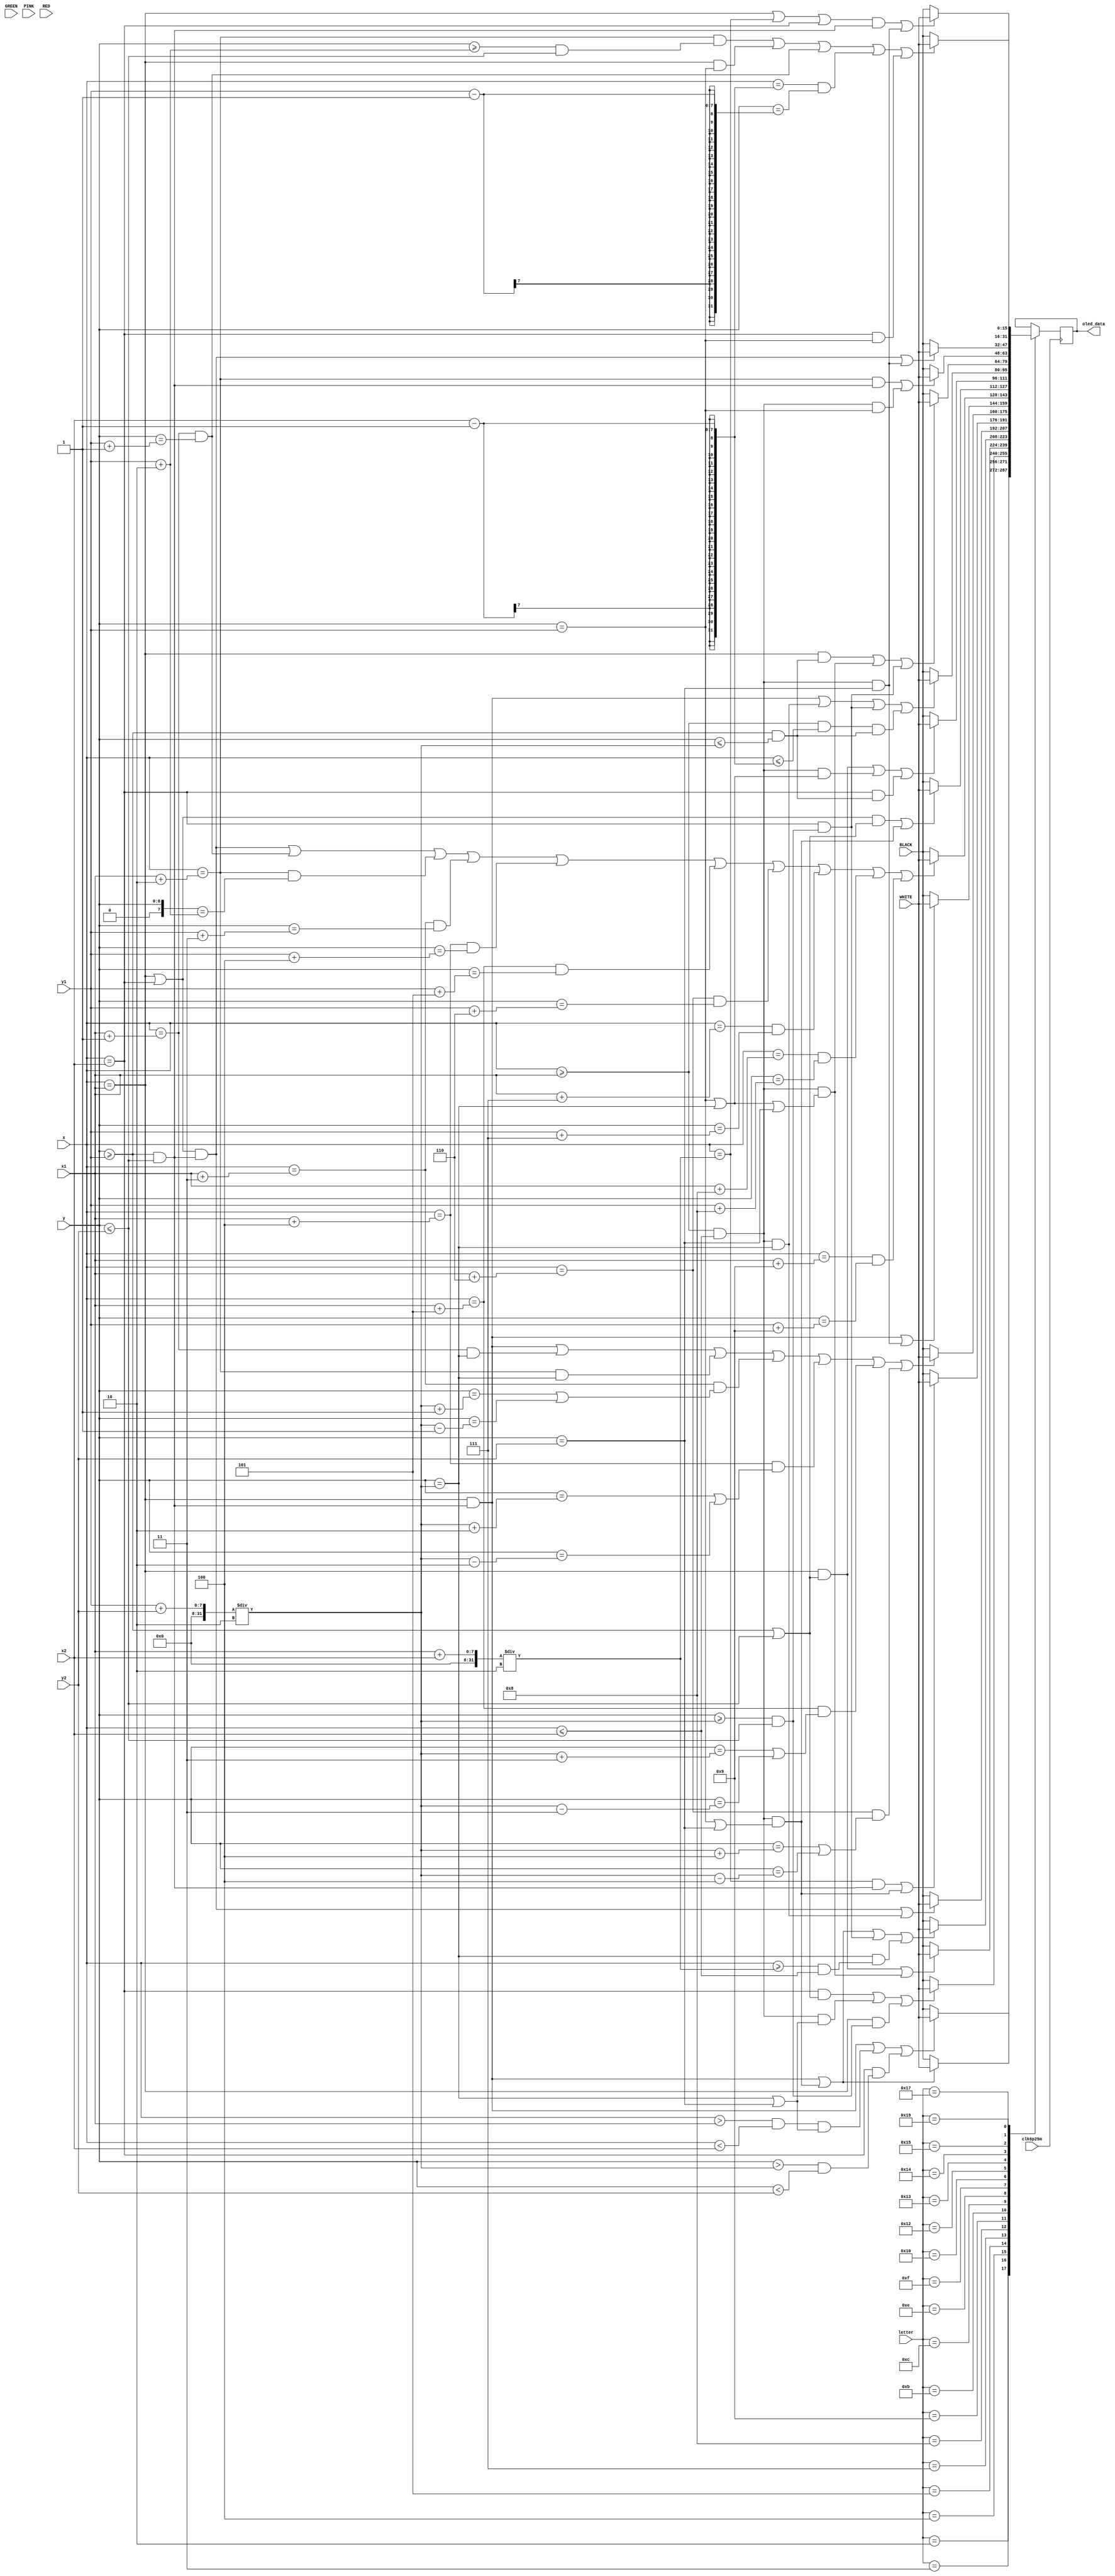
`timescale 1ns / 1ps
//////////////////////////////////////////////////////////////////////////////////
// Company: 
// Engineer: 
// 
// Design Name: 
// Module Name: letters
// Project Name: 
// Target Devices: 
// Tool Versions: 
// Description: 
// 
// Dependencies: 
// 
// Revision:
// Revision 0.01 - File Created
// Additional Comments:
// 
//////////////////////////////////////////////////////////////////////////////////


module letters(input clk6p25m, input [6:0] x, input [6:0] y, input[6:0] x1,input [6:0] x2, input [6:0] y1, input [6:0] y2, input [4:0] letter, input [15:0] WHITE,GREEN,PINK,RED,BLACK, output reg [15:0] oled_data);
always @ (posedge clk6p25m) begin
    case (letter)
        2: //b
        begin
            if((x == x1 && (y >= y1 && y <= y2)) || ((x> x1 && x < x2) && (y == (y1 + y2)/2 || y == y2)) || (x == x2 && (y > (y1 + y2)/2 && y < y2)))
                oled_data <= WHITE;
            else
                oled_data <= BLACK;
        end
        3: //C
        begin
            if((x == x1 && (y >= y1 && y <= y2)) || ((x>= x1 && x <= x2) && (y == y1 || y == y2)))
            oled_data <= WHITE;
            else
            oled_data <= BLACK;
        end
        4: //d
        begin
            if((x == x2 && (y >= y1 || y <= y2)) || ((x>= x1 && x <= x2) && (y == (y1 + y2)/2 || y == y2)) || (x == x1 && (y <= y2 && y >= (y1 + y2)/2)))
            oled_data <= WHITE;
            else
            oled_data <= BLACK;
        end
        5: //E
        begin
            if((x == x1 && (y >= y1 || y <= y2)) || ((x>= x1 && x <= x2) && (y == y1 || y == (y1 + y2)/2 || y == y2)))
            oled_data <= WHITE;
            else
            oled_data <= BLACK;
        end
        7: //G
        begin
            if(((x == x1) && (y >= y1 && y <= y2)) || ((x>= x1 && x <= x2) && (y == y1 || y == y2)) || (x==x2 && (y>=(y1+y2)/2 && y<=y2)) || (y == (y1+y2)/2 && (x>= (x1+x2)/2 && x <= x2)))
            oled_data <= WHITE;
            else
            oled_data <= BLACK;
        end
        8: //H
        begin
            if(((x == x1 || x == x2) && (y >= y1 && y <= y2)) || ((x>= x1 && x <= x2) && (y == (y1+y2) / 2)))
            oled_data <= WHITE;
            else
            oled_data <= BLACK;
        end
        9: //I
        begin
            if(((x == (x1+x2)/2 ) && (y >= y1 && y <= y2)) || ((x>= x1 && x <= x2) && (y == y1 || y == y2)))
            oled_data <= WHITE;
            else
            oled_data <= BLACK;
        end
        11: //K - 10x10
        begin
            if((x == x1 && (y >= y1 && y <= y2)) || (x == x1 +1 && (y == (y1+y2) /2))|| (x == x1 +2 && (y == (y1+y2) /2)) || (x == x1 + 3 && (y==((y1+y2)/2)+1 || y==((y1+y2)/2)-1)) || (x == x1 + 4 && (y==((y1+y2)/2)+2 || y==((y1+y2)/2)-2)) || (x == x1 + 5 && (y==((y1+y2)/2)+3 || y==((y1+y2)/2)-3)) || (x == x1 + 6 && (y==((y1+y2)/2)+4 || y==((y1+y2)/2)-4)))
            oled_data <= WHITE;
            else
            oled_data <= BLACK;
        end
        12: //L
        begin
            if(((x == x1) && (y >= y1 && y <= y2)) || ((x>= x1 && x <= x2) && (y == y2)))
            oled_data <= WHITE;
            else
            oled_data <= BLACK;
        end
        14: //N - 10x10
        begin
            if(((x == x1 || x ==x2) && (y >= y1 && y <= y2)) || (x == x1 + 1 && y==y1+1) || (x == x1 + 2 && y==y1+2) || (x == x1 + 3 && y==y1+3) || (x == x1 + 4 && y==y1+4) || (x == x1 + 5 && y==y1+5) || (x == x1 + 6 && y==y1+6) || (x == x1 + 7 && y==y1+7) || (x == x1 + 8 && y==y1+8) || (x == x1 + 9 && y==y1+9))
            oled_data <= WHITE;
            else
            oled_data <= BLACK;
        end
        15: //O
        begin
            if((x == x1 || x==x2) && (y >= y1 || y <= y2) || ((x>= x1 && x <= x2) && (y == y1 || y == y2)))
            oled_data <= WHITE;
            else
            oled_data <= BLACK;
        end
        16: //P
        begin
            if((x == x1 && (y >= y1 || y <= y2)) || ((x>= x1 && x <= x2) && (y == y1 || y == (y1 + y2) /2)) || (x==x2 && (y>=y1 && y <= (y1+y2)/2)))
            oled_data <= WHITE;
            else
            oled_data <= BLACK;
        end
        18: //R
        begin
            if((x == x1 && (y >= y1 && y <= y2)) || ((x>= x1 && x <= x2) && (y == (y1 + y2) /2)) || (x==x2 && (y >= (y1 + y2) /2 && y <= y2)) || (x>= x1 && x <= x2 - 1 && (y >= y1 && y <= (y1+y2)/2)))
            oled_data <= WHITE;
            else
            oled_data <= BLACK;
        end
        19: //S
        begin
            if((x == x1 && (y >= y1 && y <= (y1+y2)/2)) || ((x>= x1 && x <= x2) && (y == y1 || y == (y1 + y2) /2 || y == y2)) || (x==x2 && (y>=(y1+y2)/2 && y <= y2)))
            oled_data <= WHITE;
            else
            oled_data <= BLACK;
        end
        20: //T
        begin
            if((x == x1 + 2 && (y >= y1 && y <= y2)) || ((x>= x1 && x <= x2) && (y == y1)))
            oled_data <= WHITE;
            else
            oled_data <= BLACK;
        end
        21: //U
        begin
            if((x==x1 || x==x2) && (y >= y1 && y <= y2) || ((x>= x1 && x <= x2) && (y == y2)))
            oled_data <= WHITE;
            else
            oled_data <= BLACK;
        end
        23: //W
        begin
            if(((x == x1 || x==(x1+x2)/2 || x == x2) && (y >= y1 && y <= y2)) || ((x>= x1 && x <= x2) && (y == y2)))
            oled_data <= WHITE;
            else
            oled_data <= BLACK;
        end
        25: //Y
        begin
            if((x == x1 + 2 && (y >= y1 + 2 && y <= y2)) || ((x== x1) && (y == y1)) || ((x== x1+1) && (y == y1+1)) || ((x== x2-1) && (y == y1-1))|| ((x== x2) && (y == y1)))
            oled_data <= WHITE;
            else
            oled_data <= BLACK;
        end
    endcase
end
endmodule